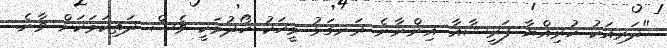
"ދަރިއަކު ހުރިއްޔާ ފަރީޝާއާ އިންނާނެ ރަނގަޅު މީހަކު ހޯދުމަކީ ވެސް ދަތިކަމަކަށް ވާނެ.